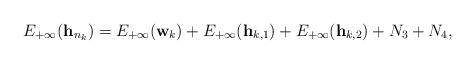
LaTeX: \begin{align*}E_{+\infty}({\bf{h}}_{n_k})=E_{+\infty}({\bf{w}}_{k})+E_{+\infty}({\bf{h}}_{k,1}) + E_{+\infty}({\bf{h}}_{k,2}) + N_3+N_4,\end{align*}